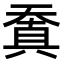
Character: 𠔬